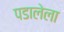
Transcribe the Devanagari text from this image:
पडालेला